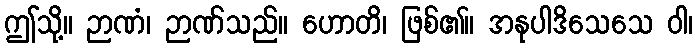
ဤသို့။ ဉာဏံ၊ ဉာဏ်သည်။ ဟောတိ၊ ဖြစ်၏။ အနုပါဒိသေသေ ဝါ၊